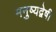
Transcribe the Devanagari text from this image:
मनुष्यद्वेषी